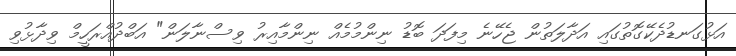
އަޅުގަނޑުދެކޭގޮތުގައި އަދާލަތުން ޖެހޭނެ މިފަދަ ބޮޑު ނިންމުމެއް ނިންމާއިރު ވިސްނާލަން" އަބްދުއްރަހީމް ވިދާޅުވި